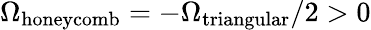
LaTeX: \Omega_{\mathrm{honeycomb}}=-\Omega_{\mathrm{triangular}}/2>0